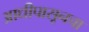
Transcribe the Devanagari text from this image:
आधीपासूनचा